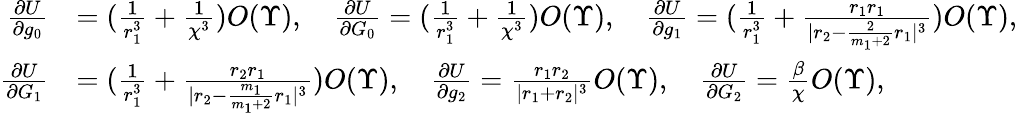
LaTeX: \begin{array}{rl}{\frac{\partial U}{\partial g_{0}}}&{=(\frac{1}{r_{1}^{3}}+\frac{1}{\chi^{3}})O(\Upsilon),\quad\frac{\partial U}{\partial G_{0}}=(\frac{1}{r_{1}^{3}}+\frac{1}{\chi^{3}})O(\Upsilon),\quad\frac{\partial U}{\partial g_{1}}=(\frac{1}{r_{1}^{3}}+\frac{r_{1}r_{1}}{|r_{2}-\frac{2}{m_{1}+2}r_{1}|^{3}})O(\Upsilon),}\\ {\frac{\partial U}{\partial G_{1}}}&{=(\frac{1}{r_{1}^{3}}+\frac{r_{2}r_{1}}{|r_{2}-\frac{m_{1}}{m_{1}+2}r_{1}|^{3}})O(\Upsilon),\quad\frac{\partial U}{\partial g_{2}}=\frac{r_{1}r_{2}}{|r_{1}+r_{2}|^{3}}O(\Upsilon),\quad\frac{\partial U}{\partial G_{2}}=\frac{\beta}{\chi}O(\Upsilon),}\end{array}